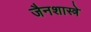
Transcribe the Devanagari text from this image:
जैनशास्त्रे